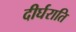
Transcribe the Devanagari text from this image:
दीर्घराति